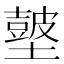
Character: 𡒢